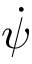
\dot { \psi }